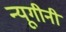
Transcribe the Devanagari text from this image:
न्यूगीनी